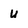
Character: u